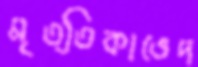
মৃত্তিকাভেদ